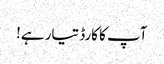
آپ کا کارڈ تیار ہے!